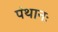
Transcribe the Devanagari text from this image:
पंथानः